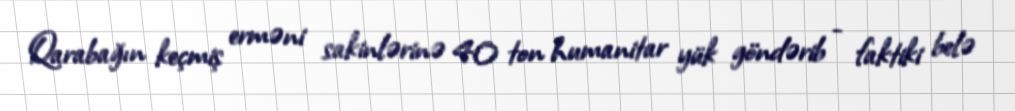
Qarabağın keçmiş erməni sakinlərinə 40 ton humanitar yük göndərib - faktiki belə